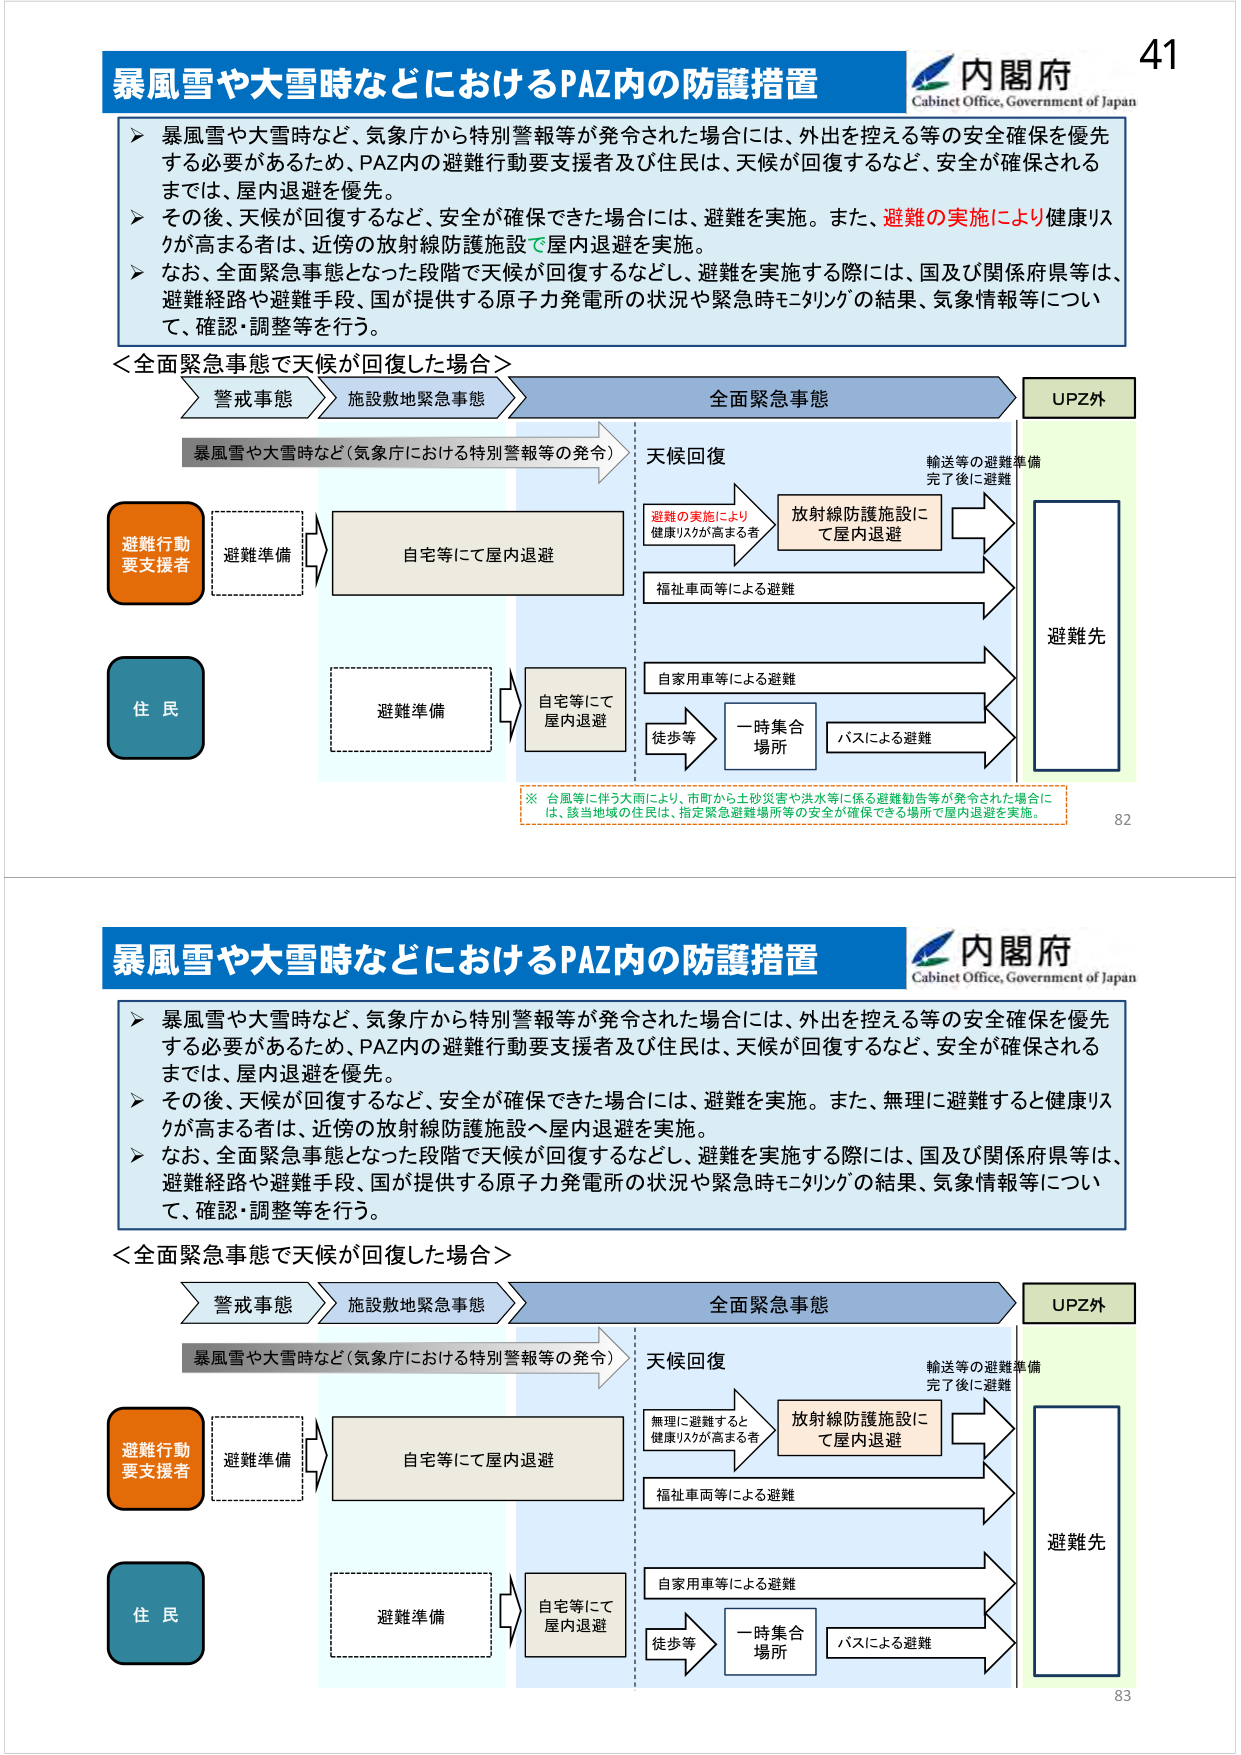
暴風雪や大雪時などにおけるPAZ内の防護措置
内閣府
Cabinet Office, Government of Japan
41
▶ 暴風雪や大雪時など、気象庁から特別警報等が発令された場合には、外出を控える等の安全確保を優先
する必要があるため、PAZ内の避難行動要支援者及び住民は、天候が回復するなど、安全が確保される
までは、屋内退避を優先。
▶ その後、天候が回復するなど、安全が確保できた場合には、避難を実施。また、避難の実施により健康リス
クが高まる者は、近傍の放射線防護施設で屋内退避を実施。
▶ なお、全面緊急事態となった段階で天候が回復するなどし、避難を実施する際には、国及び関係府県等は、
避難経路や避難手段、国が提供する原子力発電所の状況や緊急時モニタリングの結果、気象情報等につい
て、確認・調整等を行う。
＜全面緊急事態で天候が回復した場合＞
警戒事態
施設敷地緊急事態
全面緊急事態
UPZ外
暴風雪や大雪時など（気象庁における特別警報等の発令）
天候回復
輸送等の避難準備
完了後に避難
避難行動
要支援者
避難準備
自宅等にて屋内退避
避難の実施により
健康リスクが高まる者
放射線防護施設に
て屋内退避
福祉車両等による避難
住 民
避難準備
自宅等にて
屋内退避
自家用車等による避難
徒歩等
一時集合
場所
バスによる避難
避難先
※ 台風等に伴う大雨により、市町から土砂災害や洪水等に係る避難勧告等が発令された場合に
は、該当地域の住民は、指定緊急避難場所等の安全が確保できる場所で屋内退避を実施。
82
暴風雪や大雪時などにおけるPAZ内の防護措置
内閣府
Cabinet Office, Government of Japan
▶ 暴風雪や大雪時など、気象庁から特別警報等が発令された場合には、外出を控える等の安全確保を優先
する必要があるため、PAZ内の避難行動要支援者及び住民は、天候が回復するなど、安全が確保される
までは、屋内退避を優先。
▶ その後、天候が回復するなど、安全が確保できた場合には、避難を実施。また、無理に避難すると健康リス
クが高まる者は、近傍の放射線防護施設へ屋内退避を実施。
▶ なお、全面緊急事態となった段階で天候が回復するなどし、避難を実施する際には、国及び関係府県等は、
避難経路や避難手段、国が提供する原子力発電所の状況や緊急時モニタリングの結果、気象情報等につい
て、確認・調整等を行う。
＜全面緊急事態で天候が回復した場合＞
警戒事態
施設敷地緊急事態
全面緊急事態
UPZ外
暴風雪や大雪時など（気象庁における特別警報等の発令）
天候回復
輸送等の避難準備
完了後に避難
避難行動
要支援者
避難準備
自宅等にて屋内退避
無理に避難すると
健康リスクが高まる者
放射線防護施設に
て屋内退避
福祉車両等による避難
住 民
避難準備
自宅等にて
屋内退避
自家用車等による避難
徒歩等
一時集合
場所
バスによる避難
避難先
83